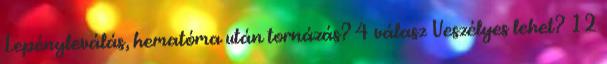
Lepényleválás, hematóma után tornázás? 4 válasz Veszélyes lehet? 12